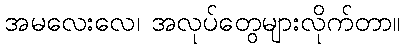
အမလေးလေ၊ အလုပ်တွေများလိုက်တာ။